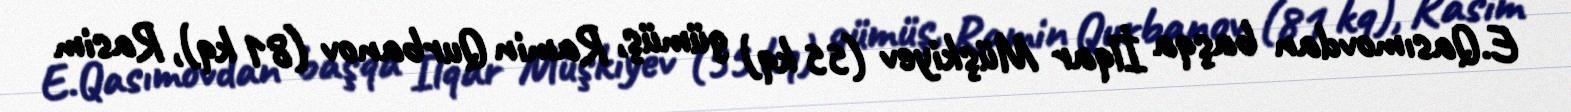
E.Qasımovdan başqa İlqar Müşkiyev (55 kq) gümüş, Ramin Qurbanov (81 kq), Rasim